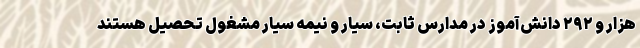
هزار و ۲۹۲ دانش‌آموز در مدارس ثابت، سیار و نیمه سیار مشغول تحصیل هستند